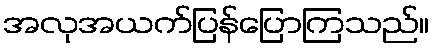
အလုအယက်ပြန်ပြောကြသည်။